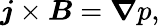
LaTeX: \boldsymbol{j}\times\boldsymbol{B}=\boldsymbol{\nabla}p,